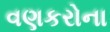
વણકરોના